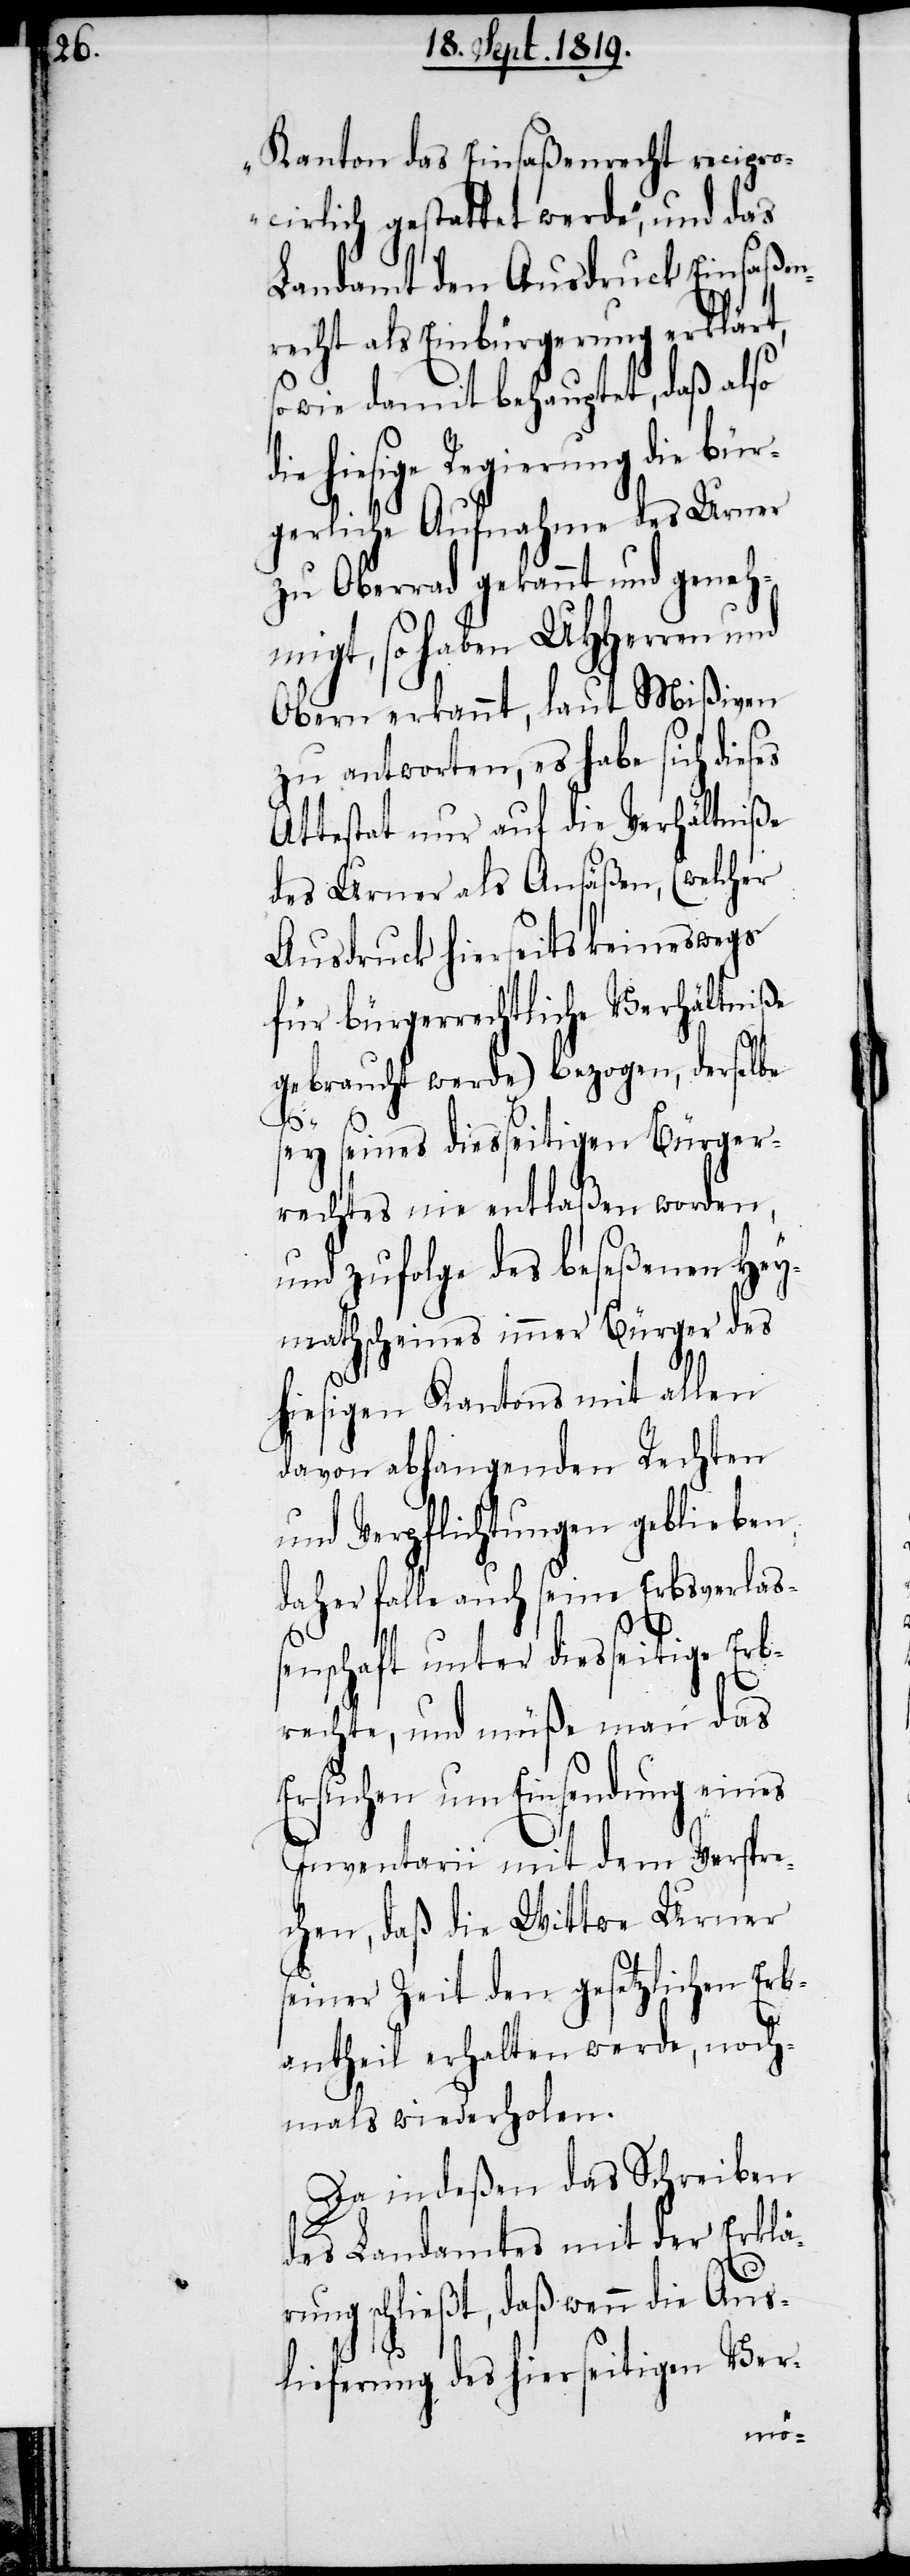
Kanton das Einsaßenrecht recipro¬
cirlich gestattet werde“, und das
Landamt den Ausdruck Einsaßen¬
recht als Einbürgerung erklärt,
sowie damit behauptet, daß also
Regierung die
gerliche Aufnahme des Urner
zu Oberrad gekannt und geneh¬
migt, so haben UHHerren und
Obern erkannt, laut Mißiven
zu antworten, es habe sich dies¬
Attestat nur auf die Verhältniße
des Urner als Ansäßen, (welcher
Ausdruck hierseits keineswegs
für bürgerrechtliche Verhältniße
gebraucht werde) bezogen, derselbe
sey seines diesseitigen Bürger¬
rechts nie entlaßen worden,
und zufolge des beseßenen Hey¬
mathscheines immer Bürger des
hiesigen Kantons mit allen
davon abhangenden Rechten
und Verpflichtungen geblieben,
daher falle auch seine Erbsverlas¬
enschaft unter diesseitige Erb¬
rechte, und müße man das
Ersuchen um Einsendung eines
Inventarii mit dem Verspre¬
chen, daß die Wittwe Urner
seiner Zeit den gesetzlichen Erb¬
antheil erhalten werde, noch¬
mals wiederholen.
Da indeßen das Schreiben
des Landamtes mit der Erklä¬
rung schließt, daß wenn die Aus¬
lieferung des hierseitigen Ver-
s¬